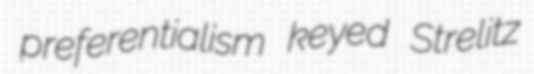
preferentialism keyed Strelitz